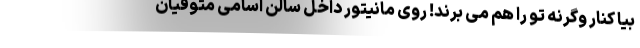
بیا کنار وگرنه تو را هم می برند! روی مانیتور داخل سالن اسامی متوفیان